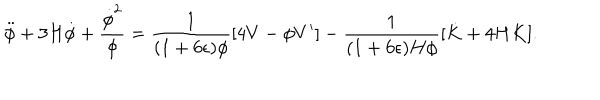
\ddot { \phi } + 3 H \dot { \phi } + { \frac { \dot { \phi } ^ { 2 } } { \phi } } = { \frac { 1 } { ( 1 + 6 \epsilon ) \phi } } [ 4 V - \phi V ^ { \prime } ] - { \frac { 1 } { ( 1 + 6 \epsilon ) H \phi } } [ \dot { K } + 4 H K ] .